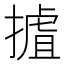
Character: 摣